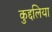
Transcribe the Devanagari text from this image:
कुद्दलिया